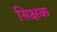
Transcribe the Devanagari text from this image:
सिक्षक